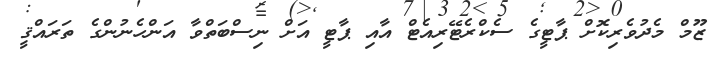
ޒޫމް މެދުވެރިކޮށް ޕާޓީގެ ސެކްރެޓޭރިއެޓް އާއި ޕާޓީ އަށް ނިސްބަތްވާ އަންހެނުންގެ ތަރައްޤީ